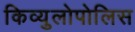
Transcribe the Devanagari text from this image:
किव्युलोपोलिस